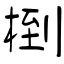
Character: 椡